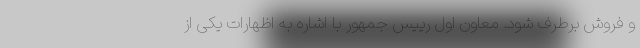
و فروش برطرف شود. معاون اول رییس جمهور با اشاره به اظهارات یکی از